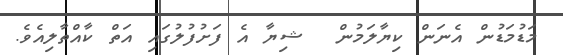
މަޑުމަޑުން އެނަން ކިޔާލަމުން  ޝިޔާ އެ ފަށުފުލުގައި އަތް ކާއްތާލިއެވެ.